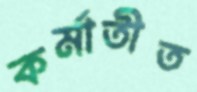
কর্মাতীত